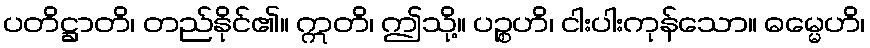
ပတိဋ္ဌာတိ၊ တည်နိုင်၏။ ဣတိ၊ ဤသို့။ ပဉ္စဟိ၊ ငါးပါးကုန်သော။ ဓမ္မေဟိ၊